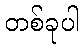
တစ်ခုပါ